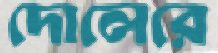
দোলেরে